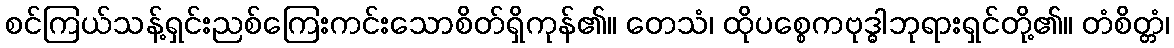
စင်ကြယ်သန့်ရှင်းညစ်ကြေးကင်းသောစိတ်ရှိကုန်၏။ တေသံ၊ ထိုပစ္စေကဗုဒ္ဓါဘုရားရှင်တို့၏။ တံစိတ္တံ၊